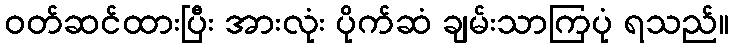
ဝတ်ဆင်ထားပြီး အားလုံး ပိုက်ဆံ ချမ်းသာကြပုံ ရသည်။